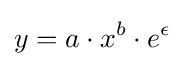
y=a\cdot x^{b}\cdot e^{\epsilon }